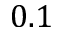
0 . 1